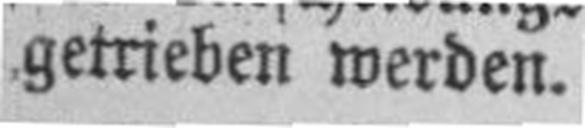
getrieben werden.